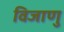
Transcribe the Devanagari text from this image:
विजाणु